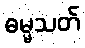
ဓမ္မသတ်